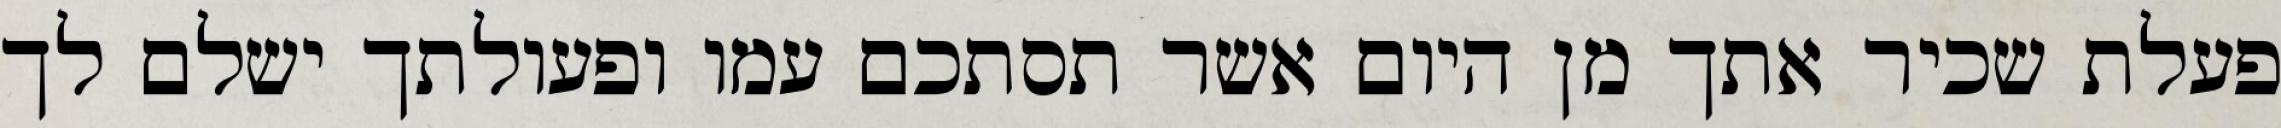
פעלת שכיר אתך מן היום אשר תסתכם עמו ופעולתך ישלם לך